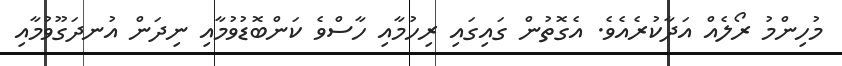
މުހިންމު ރޯލެއް އަދާކުރެއެވެ. އެގޮތުން ގައިގައި ރިހުމާއި ހާސްވެ ކަންބޮޑުވުމާއި ނިދަން އުނދަގޫވުމާއި